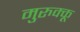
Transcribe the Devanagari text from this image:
मुरुक्कू